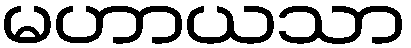
မဟာယသာ